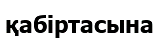
қабіртасына